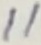
Text: 11